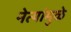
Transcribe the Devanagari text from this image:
नेत्यांमुळे